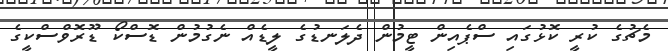
މެޗުގެ ކުރީ ކޮޅުގައި ސްޕެއިން ޓީމުން ދެލަނޑުގެ ލީޑެއް ނެގުމުން ޑޮސްކޯ ޑޫރޮވްސްކީގެ